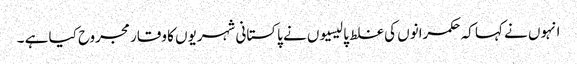
انہوں نے کہا کہ حکمرانوں کی غلط پالیسیوں نے پاکستانی شہریوں کا وقار مجروح کیا ہے ۔